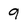
Character: 9